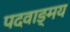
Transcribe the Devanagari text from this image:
पदवाङ्मय